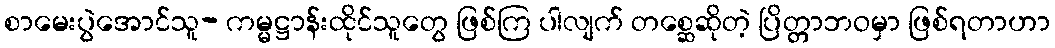
စာမေးပွဲအောင်သူ- ကမ္မဋ္ဌာန်းထိုင်သူတွေ ဖြစ်ကြ ပါလျက် တစ္ဆေဆိုတဲ့ ပြိတ္တာဘဝမှာ ဖြစ်ရတာဟာ